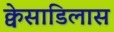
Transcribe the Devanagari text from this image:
क्वेसाडिलास